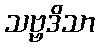
သဗ္ဗဒိသာ